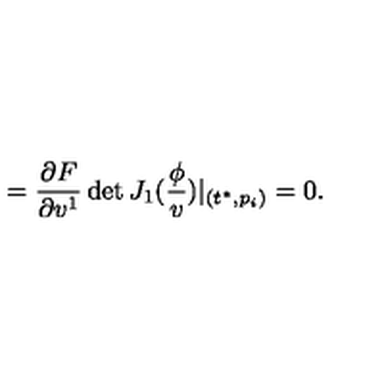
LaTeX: = \frac { \partial F } { \partial v ^ { 1 } } \det J _ { 1 } ( \frac \phi v ) | _ { ( t ^ { * } , p _ { i } ) } = 0 .